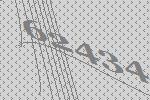
62434